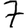
Digit: 7